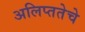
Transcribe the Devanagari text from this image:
अलिप्ततेचे